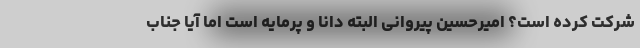
شرکت کرده است؟ امیرحسین پیروانی البته دانا و پرمایه است اما آیا جناب